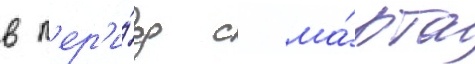
в п'ер'и́од с ма́рта